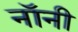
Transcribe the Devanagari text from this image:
नॉनी